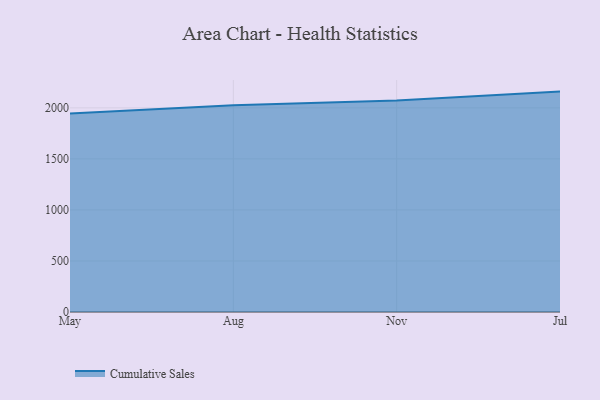
{"axis": {"x": "Month", "y": "Waste Production (Tons)"}, "legend": ["Cumulative Sales"], "data": [{"x": "May", "y": 1944.7, "type": "Cumulative Sales"}, {"x": "Aug", "y": 2024.3, "type": "Cumulative Sales"}, {"x": "Nov", "y": 2072.3, "type": "Cumulative Sales"}, {"x": "Jul", "y": 2159.1, "type": "Cumulative Sales"}]}